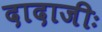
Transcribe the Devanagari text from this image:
दादाजीः